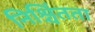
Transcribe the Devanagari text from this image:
निश्चिंतता